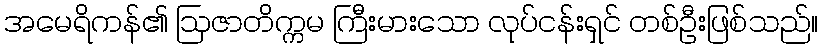
အမေရိကန်၏ ဩဇာတိက္ကမ ကြီးမားသော လုပ်ငန်းရှင် တစ်ဦးဖြစ်သည်။